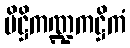
ပိဋ္ဌိကဏ္ဍကဋ္ဌိကံ